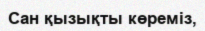
Сан қызықты көремiз,